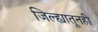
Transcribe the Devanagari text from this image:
जिल्ह्यातूनही